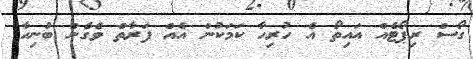
ގޯސް ރިޕޯޓެއް އައިތޯ އެ ހުރިހާ ކަމަކުން އެއް ފަރާތް ވެގެން ބުނިހާ